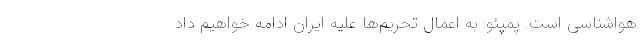
هواشناسی است. پمپئو: به اعمال تحریم‌ها علیه ایران ادامه خواهیم داد